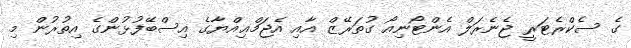
ގެ ސެކްރެޓަރީ ޖެނެރަލް އެންޓޯނިއޯ ގުތަރޭޒް އާއި އެޖަމްޢިއްޔާގެ އިސްބޭފުޅުންގެ އިތުރުން މި